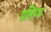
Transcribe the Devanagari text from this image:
प्रसिध्‍ध